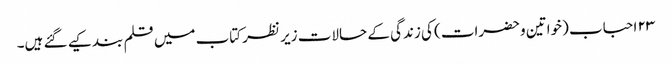
۲۳ احباب (خواتین وحضرات) کی زندگی کے حالات زیر نظر کتاب میں قلم بند کیے گئے ہیں۔